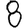
Digit: 8